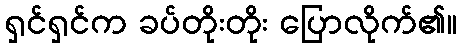
ရှင်ရှင်က ခပ်တိုးတိုး ပြောလိုက်၏။